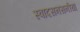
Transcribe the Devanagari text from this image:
स्वादसनसनीयां